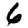
Digit: 6